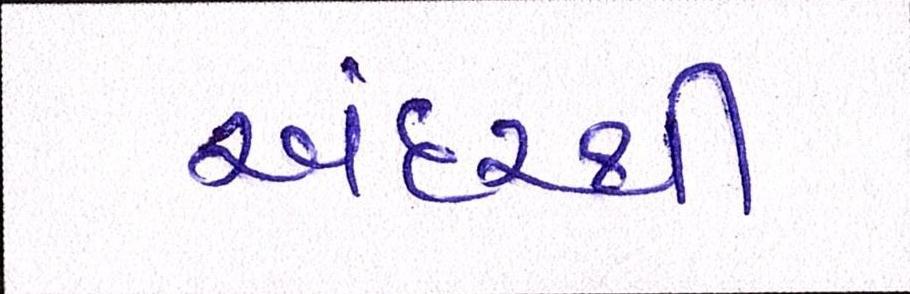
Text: અંદરથી